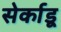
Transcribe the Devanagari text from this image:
सेर्काडू